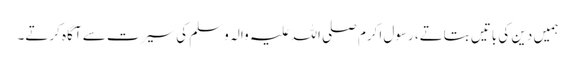
ہمیں دین کی باتیں بتاتے، رسول اکرم صلی اللہ علیہ والہ وسلم کی سیرت سے آگاہ کرتے۔